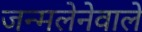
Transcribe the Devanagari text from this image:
जन्मलेनेवाले